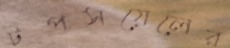
টপসয়েলের